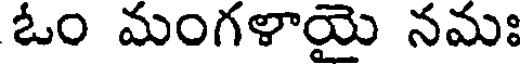
ఓం మంగళాయై నమః